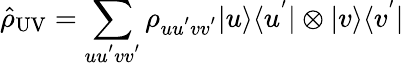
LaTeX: \hat{\rho}_{\mathrm{UV}}=\sum_{uu^{'}vv^{'}}\rho_{uu^{'}vv^{'}}|u\rangle\langle u^{'}|\otimes|v\rangle\langle v^{'}|